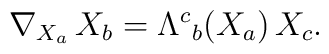
\nabla_{{X_a}} \,X_b=\Lambda^c{}_b (X_a)\, X_c .